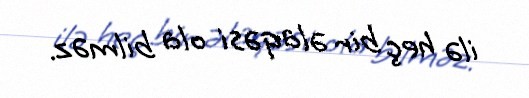
ilə heç bir əlaqəsi ola bilməz.